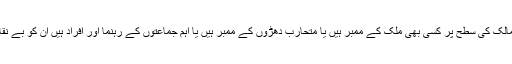
یہ مجرم اگر طاقتور ممالک کی سطح پر کسی بھی ملک کے ممبر ہیں یا متحارب دھڑوں کے ممبر ہیں یا اہم جماعتوں کے رہنما اور افراد ہیں ان کو بے نقاب کرنا ضروری ہے ۔